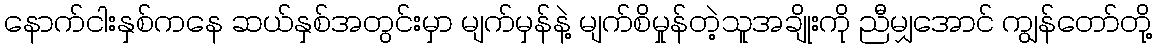
နောက်ငါးနှစ်ကနေ ဆယ်နှစ်အတွင်းမှာ မျက်မှန်နဲ့ မျက်စိမှုန်တဲ့သူအချိုးကို ညီမျှအောင် ကျွန်တော်တို့